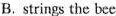
B.strings the bee